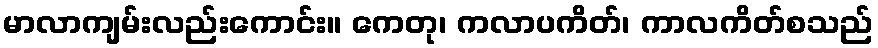
မာလာကျမ်းလည်းကောင်း။ ကေတု၊ ကလာပကိတ်၊ ကာလကိတ်စသည်